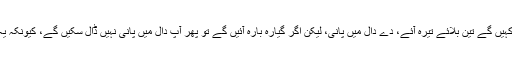
اگر آپ دعوت میں تین آدمی بلاتے ہیں، لیکن تیرہ آ جاتے ہیں تو آپ گھر والی سے کہیں گے تین بلائے تیرہ آئے، دے دال میں پانی، لیکن اگر گیارہ بارہ آئیں گے تو پھر آپ دال میں پانی نہیں ڈال سکیں گے، کیونکہ یہ اصول ہے کہ محاورہ کبھی تبدیل نہیں ہو سکتا خواہ آپ کا اپنا حلیہ تبدیل ہو جائے۔